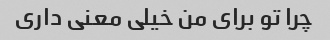
چرا تو برای من خیلی معنی داری